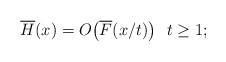
LaTeX: \begin{align*}\overline H(x)=O\big(\overline F(x/t)\big)\ \ t\ge1;\end{align*}